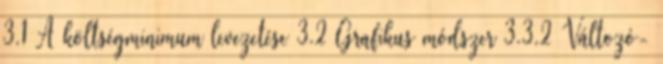
3.1 A költségminimum levezetése 3.2 Grafikus módszer 3.3.2 Változó-